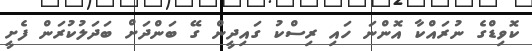
ކޮވިޑްގެ ނުރައްކާ އޮންނަ ހައި ރިސްކު ގައިދީން ގޭ ބަންދަަށް ބަދަލުކުރަން ފެށީ